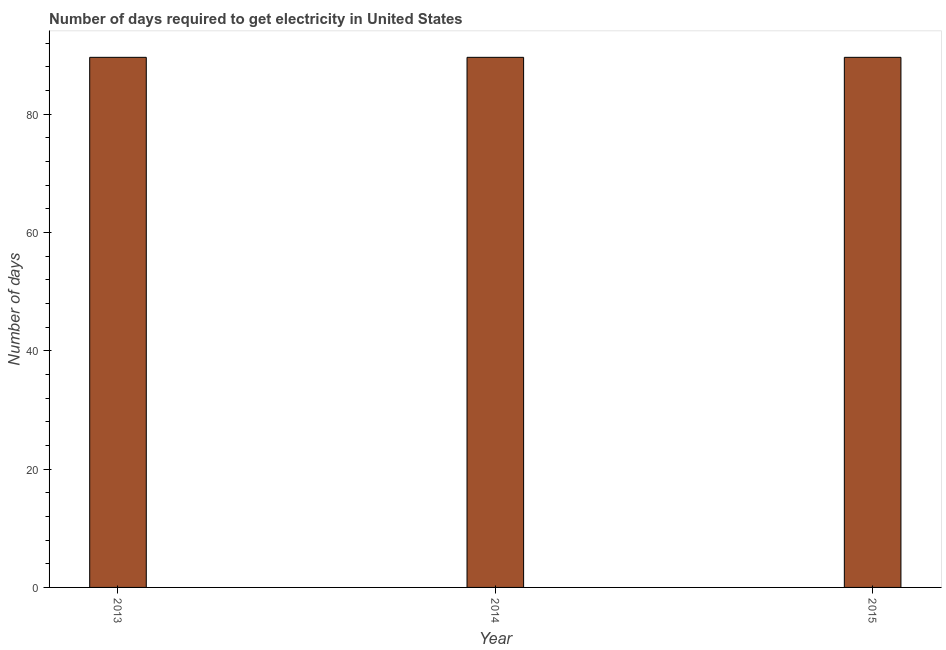
| Year | Time to get electricity |
 | --- | --- |
 | 2013 | 89.6 |
 | 2014 | 89.6 |
 | 2015 | 89.6 |